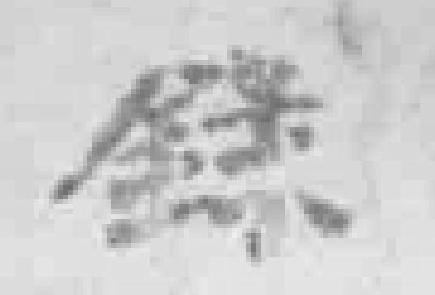
錄